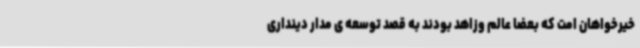
خیرخواهان امت که بعضا عالم وزاهد بودند به قصد توسعه ی مدار دینداری